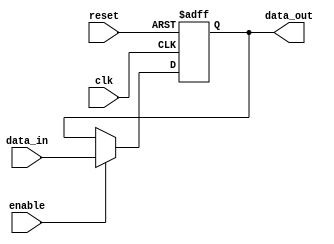
module transmission_gate_delay(
    input wire clk,
    input wire reset,
    input wire enable,
    input wire data_in,
    output wire data_out
);

reg data_out_reg;

always @(posedge clk or posedge reset) begin
    if (reset) begin
        data_out_reg <= 1'b0;
    end else if (enable) begin
        data_out_reg <= data_in;
    end
end

assign data_out = data_out_reg;

endmodule